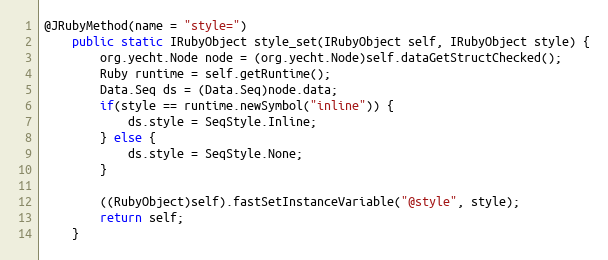
Language: Java
@JRubyMethod(name = "style=")
    public static IRubyObject style_set(IRubyObject self, IRubyObject style) {
        org.yecht.Node node = (org.yecht.Node)self.dataGetStructChecked();
        Ruby runtime = self.getRuntime();
        Data.Seq ds = (Data.Seq)node.data;
        if(style == runtime.newSymbol("inline")) {
            ds.style = SeqStyle.Inline;
        } else {
            ds.style = SeqStyle.None;
        }

        ((RubyObject)self).fastSetInstanceVariable("@style", style);
        return self;
    }